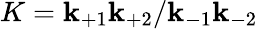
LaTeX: K=\mathbf{k}_{+1}\mathbf{k}_{+2}/\mathbf{k}_{-1}\mathbf{k}_{-2}